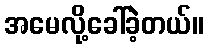
အမေလို့ခေါ်ခဲ့တယ်။